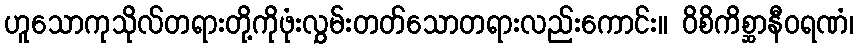
ဟူသောကုသိုလ်တရားတို့ကိုဖုံးလွှမ်းတတ်သောတရားလည်းကောင်း။ ဝိစိကိစ္ဆာနီဝရဏံ၊